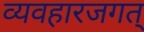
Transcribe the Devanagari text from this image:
व्यवहारजगत्‌